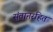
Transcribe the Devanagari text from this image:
संतानरहित